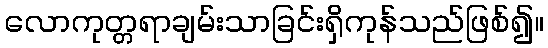
လောကုတ္တရာချမ်းသာခြင်းရှိကုန်သည်ဖြစ်၍။